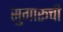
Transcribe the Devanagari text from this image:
सुगारूची